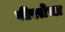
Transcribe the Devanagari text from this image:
वीरतेचा